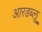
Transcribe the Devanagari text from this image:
आरडब्लू